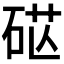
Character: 𥒴